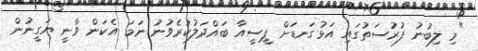
"މި ލިބުނު ފުރުސަތުގައި އަޅުގަނޑަށް ޕީސީއާ ބައްދަލުކުރެވުނު ނަމަ އެކަން ވާނީ ޔަގީނުން